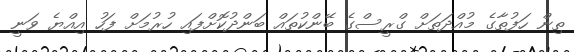
ތިން ހަފުތާގެ މުއްދަތަށް ގްރީސްގެ ބޭންކުތައް ބަންދުކޮށްފައި ހުރުމަށް ފަހު އިއްޔެ ވަނީ